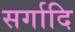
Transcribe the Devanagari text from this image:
सर्गादि